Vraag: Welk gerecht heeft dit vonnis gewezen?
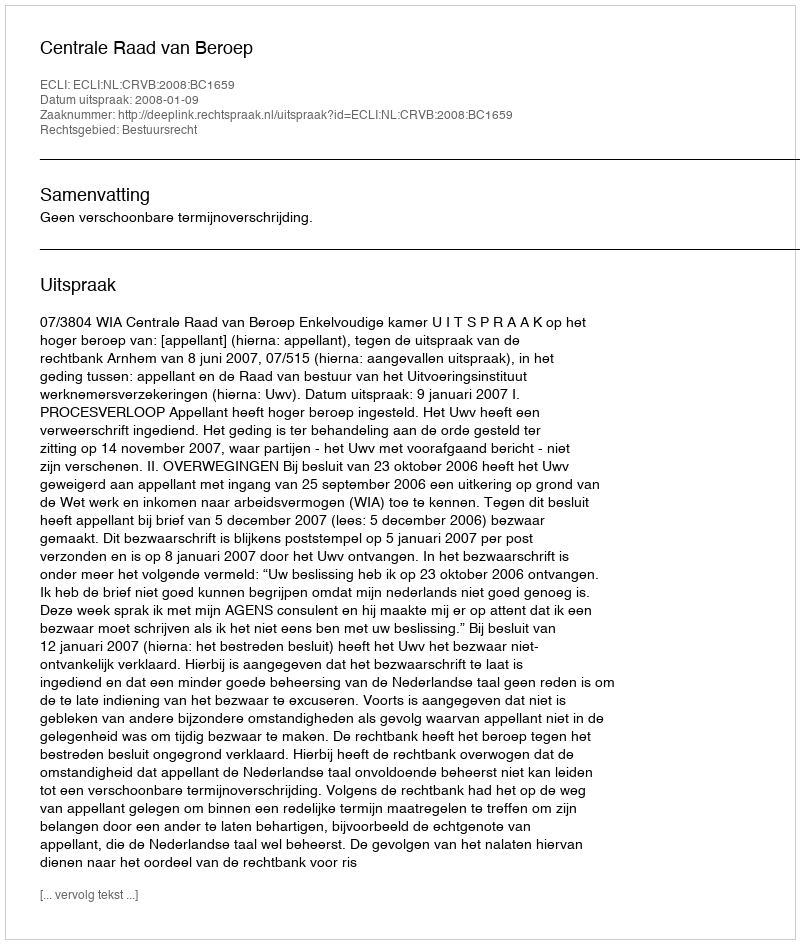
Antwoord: Centrale Raad van Beroep